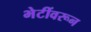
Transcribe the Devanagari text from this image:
भेटींवरून